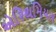
એરિથમિયસ